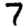
Digit: 7